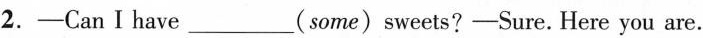
2.—CanⅠhave___(some) sweets?—Sure.Here you are.